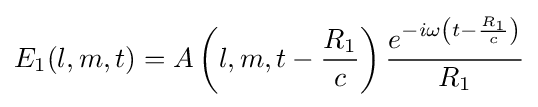
E_{1}(l,m,t)=A\left(l,m,t-{\frac {R_{1}}{c}}\right){\frac {e^{-i\omega \left(t-{\frac {R_{1}}{c}}\right)}}{R_{1}}}